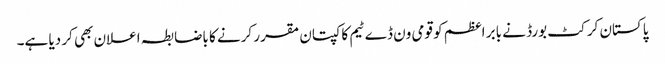
پاکستان کرکٹ بورڈ نے بابر اعظم کو قومی ون ڈے ٹیم کا کپتان مقرر کرنے کا باضابطہ اعلان بھی کر دیا ہے۔